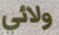
ولائي